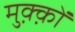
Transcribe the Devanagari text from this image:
मुक़्क़ों